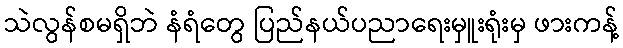
သဲလွန်စမရှိဘဲ နံရံတွေ ပြည်နယ်ပညာရေးမှူးရုံးမှ ဖားကန့်